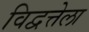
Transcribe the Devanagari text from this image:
विद्वत्तेला